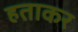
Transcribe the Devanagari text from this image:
हताकर